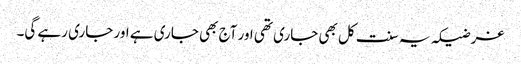
غرضیکہ یہ سنت کل بھی جاری تھی اور آج بھی جاری ہے اور جاری رہے گی۔